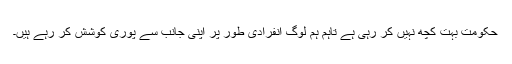
حکومت بہت کچھ نہیں کر رہی ہے تاہم ہم لوگ انفرادی طور پر اپنی جانب سے پوری کوشش کر رہے ہیں۔